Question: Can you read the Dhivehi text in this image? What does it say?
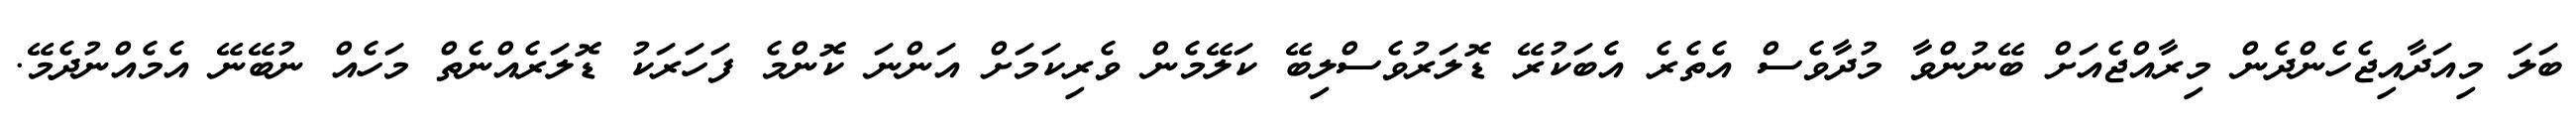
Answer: ބަލަ މިއަދާއިޖެހެންދެން މިރާއްޖެއަށް ބޭނުންވާ މުދާވެސް އެތެރެ އެބަކުރޭ ޑޮލަރުވެސްލިބޭ ކަލޭމެން ވެރިކަމަށް އަންނަ ކޮންމެ ފަހަރަކު ޑޮލަރެއްނެތް މަހެއް ނުބޭނޭ އެމެއްނުދެމޭ.